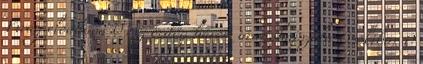
Virág előadása 0 Az ördög három aranyhajszála Csokibár 0